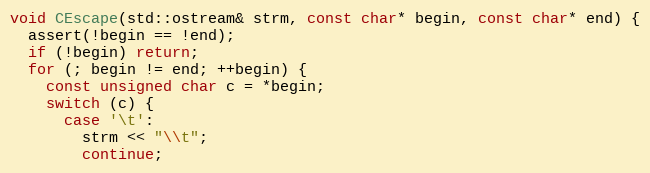
Language: C++
void CEscape(std::ostream& strm, const char* begin, const char* end) {
  assert(!begin == !end);
  if (!begin) return;
  for (; begin != end; ++begin) {
    const unsigned char c = *begin;
    switch (c) {
      case '\t':
        strm << "\\t";
        continue;